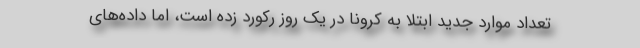
تعداد موارد جدید ابتلا به کرونا در یک روز رکورد زده است، اما داده‌های